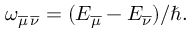
\begin{array} { r } { \omega _ { \overline { { \mu } } \, \overline { { \nu } } } = ( { E _ { \overline { { \mu } } } - E _ { \overline { { \nu } } } } ) / { \hbar } . } \end{array}